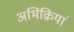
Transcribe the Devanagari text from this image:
अभिक्रियां